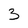
Character: 3